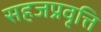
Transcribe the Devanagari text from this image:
सहजप्रवृत्ति